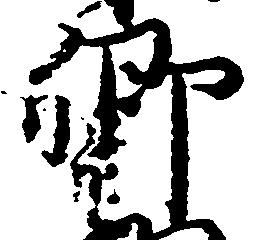
卿